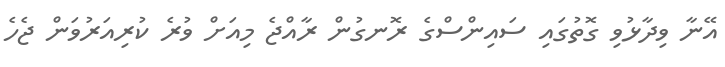
އޭނާ ވިދާޅުވި ގޮތުގައި ސައިންސްގެ ރޮނގުން ރާއްޖެ މިއަށް ވުރެ ކުރިއަރުވަން ޖެހެ